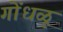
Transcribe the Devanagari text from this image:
गोंधळू